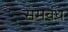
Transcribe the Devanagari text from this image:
समबंध